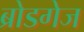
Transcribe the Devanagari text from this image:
ब्रोडगेज